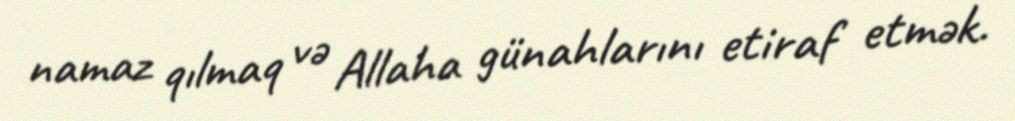
namaz qılmaq və Allaha günahlarını etiraf etmək.